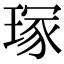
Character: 𭹣